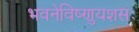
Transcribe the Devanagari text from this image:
भवनेविष्णुयशसः